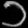
Digit: ၁